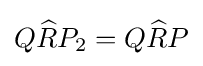
Q{\widehat {R}}P_{2}=Q{\widehat {R}}P